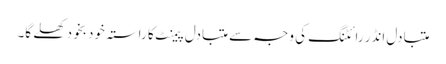
متبادل انڈر رائٹنگ کی وجہ سے متبادل پیمنٹ کا راستہ خود بخود کھلے گا۔